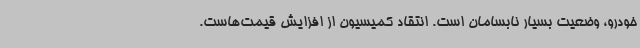
خودرو، وضعیت بسیار نابسامان است. انتقاد کمیسیون از افزایش قیمت‌هاست.